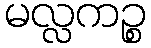
မလ္လကဉ္စ